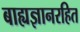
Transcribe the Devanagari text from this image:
बाह्यज्ञानरहित